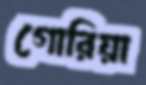
গোরিয়া